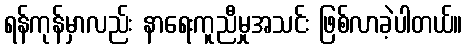
ရန်ကုန်မှာလည်း နာရေးကူညီမှုအသင်း ဖြစ်လာခဲ့ပါတယ်။